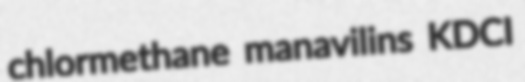
chlormethane manavilins KDCI